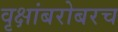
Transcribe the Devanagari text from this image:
वृक्षांबरोबरच